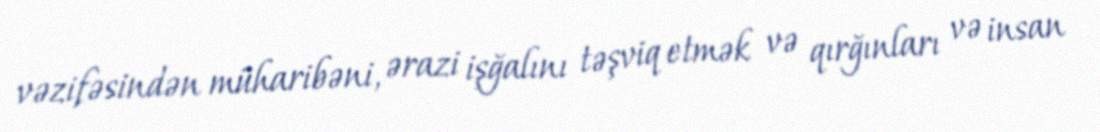
vəzifəsindən müharibəni, ərazi işğalını təşviq etmək və qırğınları və insan